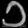
Digit: ၁